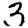
Digit: 3